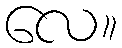
လေ။